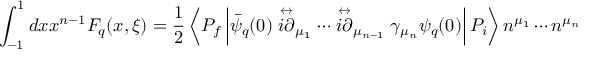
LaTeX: \int _ { - 1 } ^ { 1 } d x x ^ { n - 1 } F _ { q } ( x , \xi ) = { \frac { 1 } { 2 } } \left\langle P _ { f } \left| \bar { \psi } _ { q } ( 0 ) \stackrel { \leftrightarrow } { i \partial } _ { \mu _ { 1 } } \cdots \stackrel \leftrightarrow { i \partial } _ { \mu _ { n - 1 } } \gamma _ { \mu _ { n } } \psi _ { q } ( 0 ) \right| P _ { i } \right\rangle n ^ { \mu _ { 1 } } \cdots n ^ { \mu _ { n } }